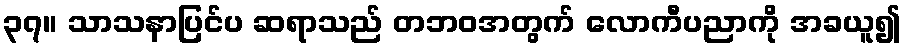
၃၇။ သာသနာပြင်ပ ဆရာသည် တဘဝအတွက် လောကီပညာကို အခယူ၍